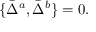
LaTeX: \{ \bar { \Delta } ^ { a } , \bar { \Delta } ^ { b } \} = 0 .